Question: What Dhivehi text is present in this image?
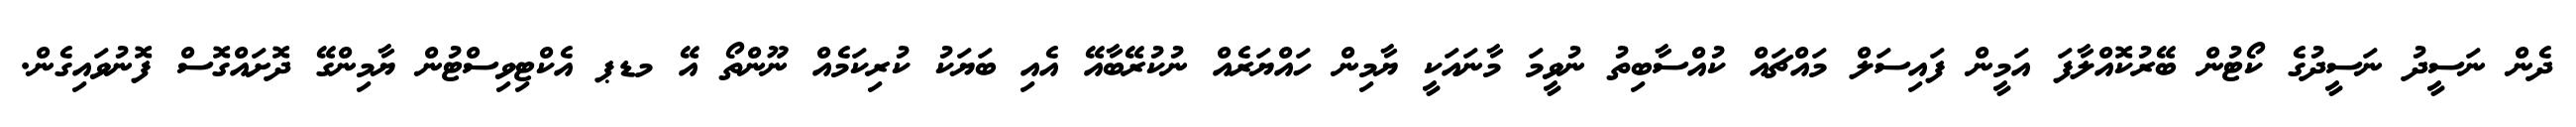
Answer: ދެން ނަސީދު ނަސީދުގެ ކޯޓުން ބޭރުކޮއްލާފަ އަމީން ފައިސަލް މައްޗައް ކުއްސާބިތު ނުވީމަ މާނައަކީ ޔާމިން ހައްޔަރެއް ނުކުރޭބާއޭ އެއި ބަޔަކު ކުރިކަމެއް ނޫންތޯ އޭ މޑޕ އެކްޓިވިސްޓުން ޔާމިންގޭ ދޮށައްގޮސް ފޮނުވައިގެން.